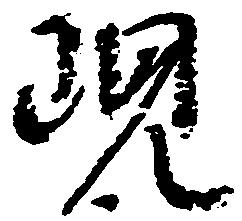
現